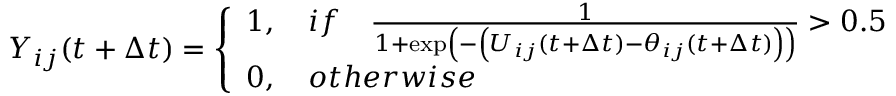
Y _ { i j } ( t + \Delta t ) = \left\{ \begin{array} { l } { 1 , \quad { i f } \quad \frac { 1 } { 1 + \exp \left( - \left( U _ { i j } ( t + \Delta t ) - \theta _ { i j } ( t + \Delta t ) \right) \right) } > 0 . 5 } \\ { 0 , \quad { o t h e r w i s e } } \end{array} \right.